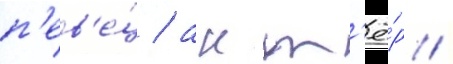
п'ев'е́ц / акт'ё́р /